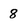
Character: 8